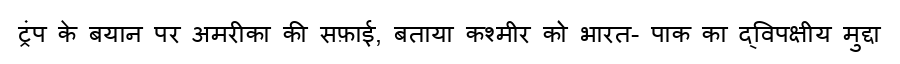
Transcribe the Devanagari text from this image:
ट्रंप के बयान पर अमरीका की सफ़ाई, बताया कश्मीर को भारत- पाक का द्विपक्षीय मुद्दा